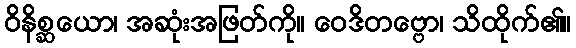
ဝိနိစ္ဆယော၊ အဆုံးအဖြတ်ကို။ ဝေဒိတဗ္ဗော၊ သိထိုက်၏။